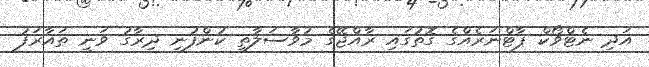
އަދި ނެޓްވޯކް ޕާޓްނަރެއްގެ ގޮތުގައި ރާއްޖޭގެ މުވާސަލާތީ ކުންފުނި ދިރާގު ވަނީ ތައާރަފު